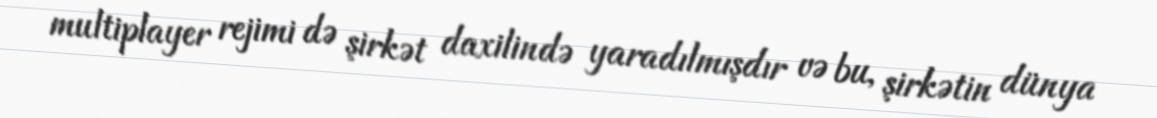
multiplayer rejimi də şirkət daxilində yaradılmışdır və bu, şirkətin dünya